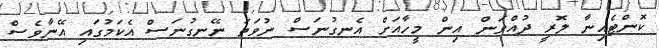
ކޮންޓެއިނާ ލޮރީ ދުއްވަން އިން މީހާއަށް އެނގުނަސް ނުވަތަ ނޭނގުނަސް އެކަމުގައި އޭނާވެސް